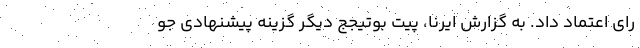
رای اعتماد داد. به گزارش ایرنا، پیت بوتیجج دیگر گزینه پیشنهادی جو